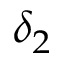
\delta _ { 2 }